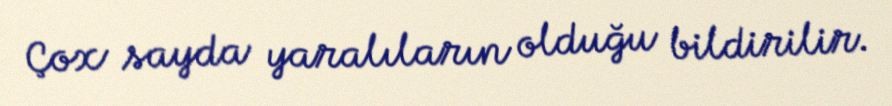
Çox sayda yaralıların olduğu bildirilir.